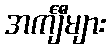
အင်္ကျီများ